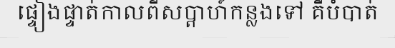
ផ្ទៀងផ្ទាត់កាលពីសប្តាហ៍កន្លងទៅ គឺបំបាត់